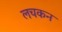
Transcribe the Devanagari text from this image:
लचकन